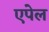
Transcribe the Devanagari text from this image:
एपेल